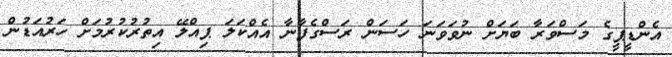
އެންޑީޕީގެ މަސްވަރާ ބަޔަށް ނުވަވަނަ ހަސަން ރަސްގެފާނާ އެއްކަލަ ޕިއްލޭ އިތުރުކުރުމަށް ހަރުއަޑުން